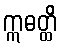
ဣဓတ္ထိ